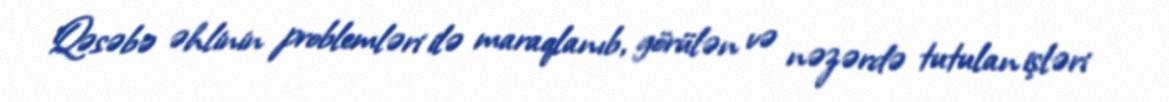
Qəsəbə əhlinin problemləri ilə maraqlanıb, görülən və nəzərdə tutulan işləri